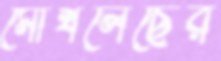
মোখলেছের